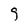
Character: 9